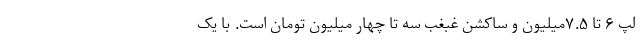
لپ ۶ تا ۷.۵میلیون و ساکشن غبغب سه تا چهار میلیون تومان است. با یک